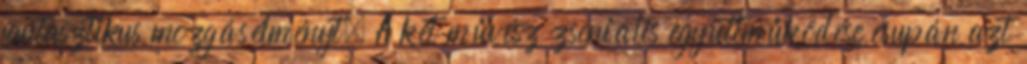
fantasztikus mozgásélményt. A két művész zseniális együttműködése csupán azt